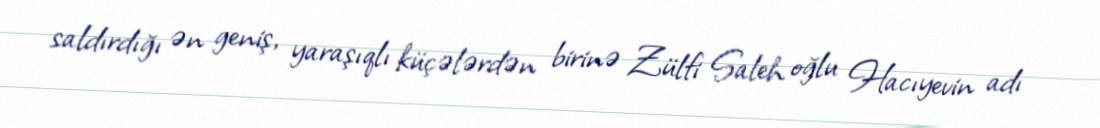
saldırdığı ən geniş, yaraşıqlı küçələrdən birinə Zülfi Saleh oğlu Hacıyevin adı